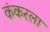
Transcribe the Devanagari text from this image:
कंकरला